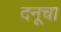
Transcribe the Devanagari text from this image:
दनूचा